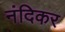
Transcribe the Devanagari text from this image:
नंदिकर